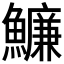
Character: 𩼔